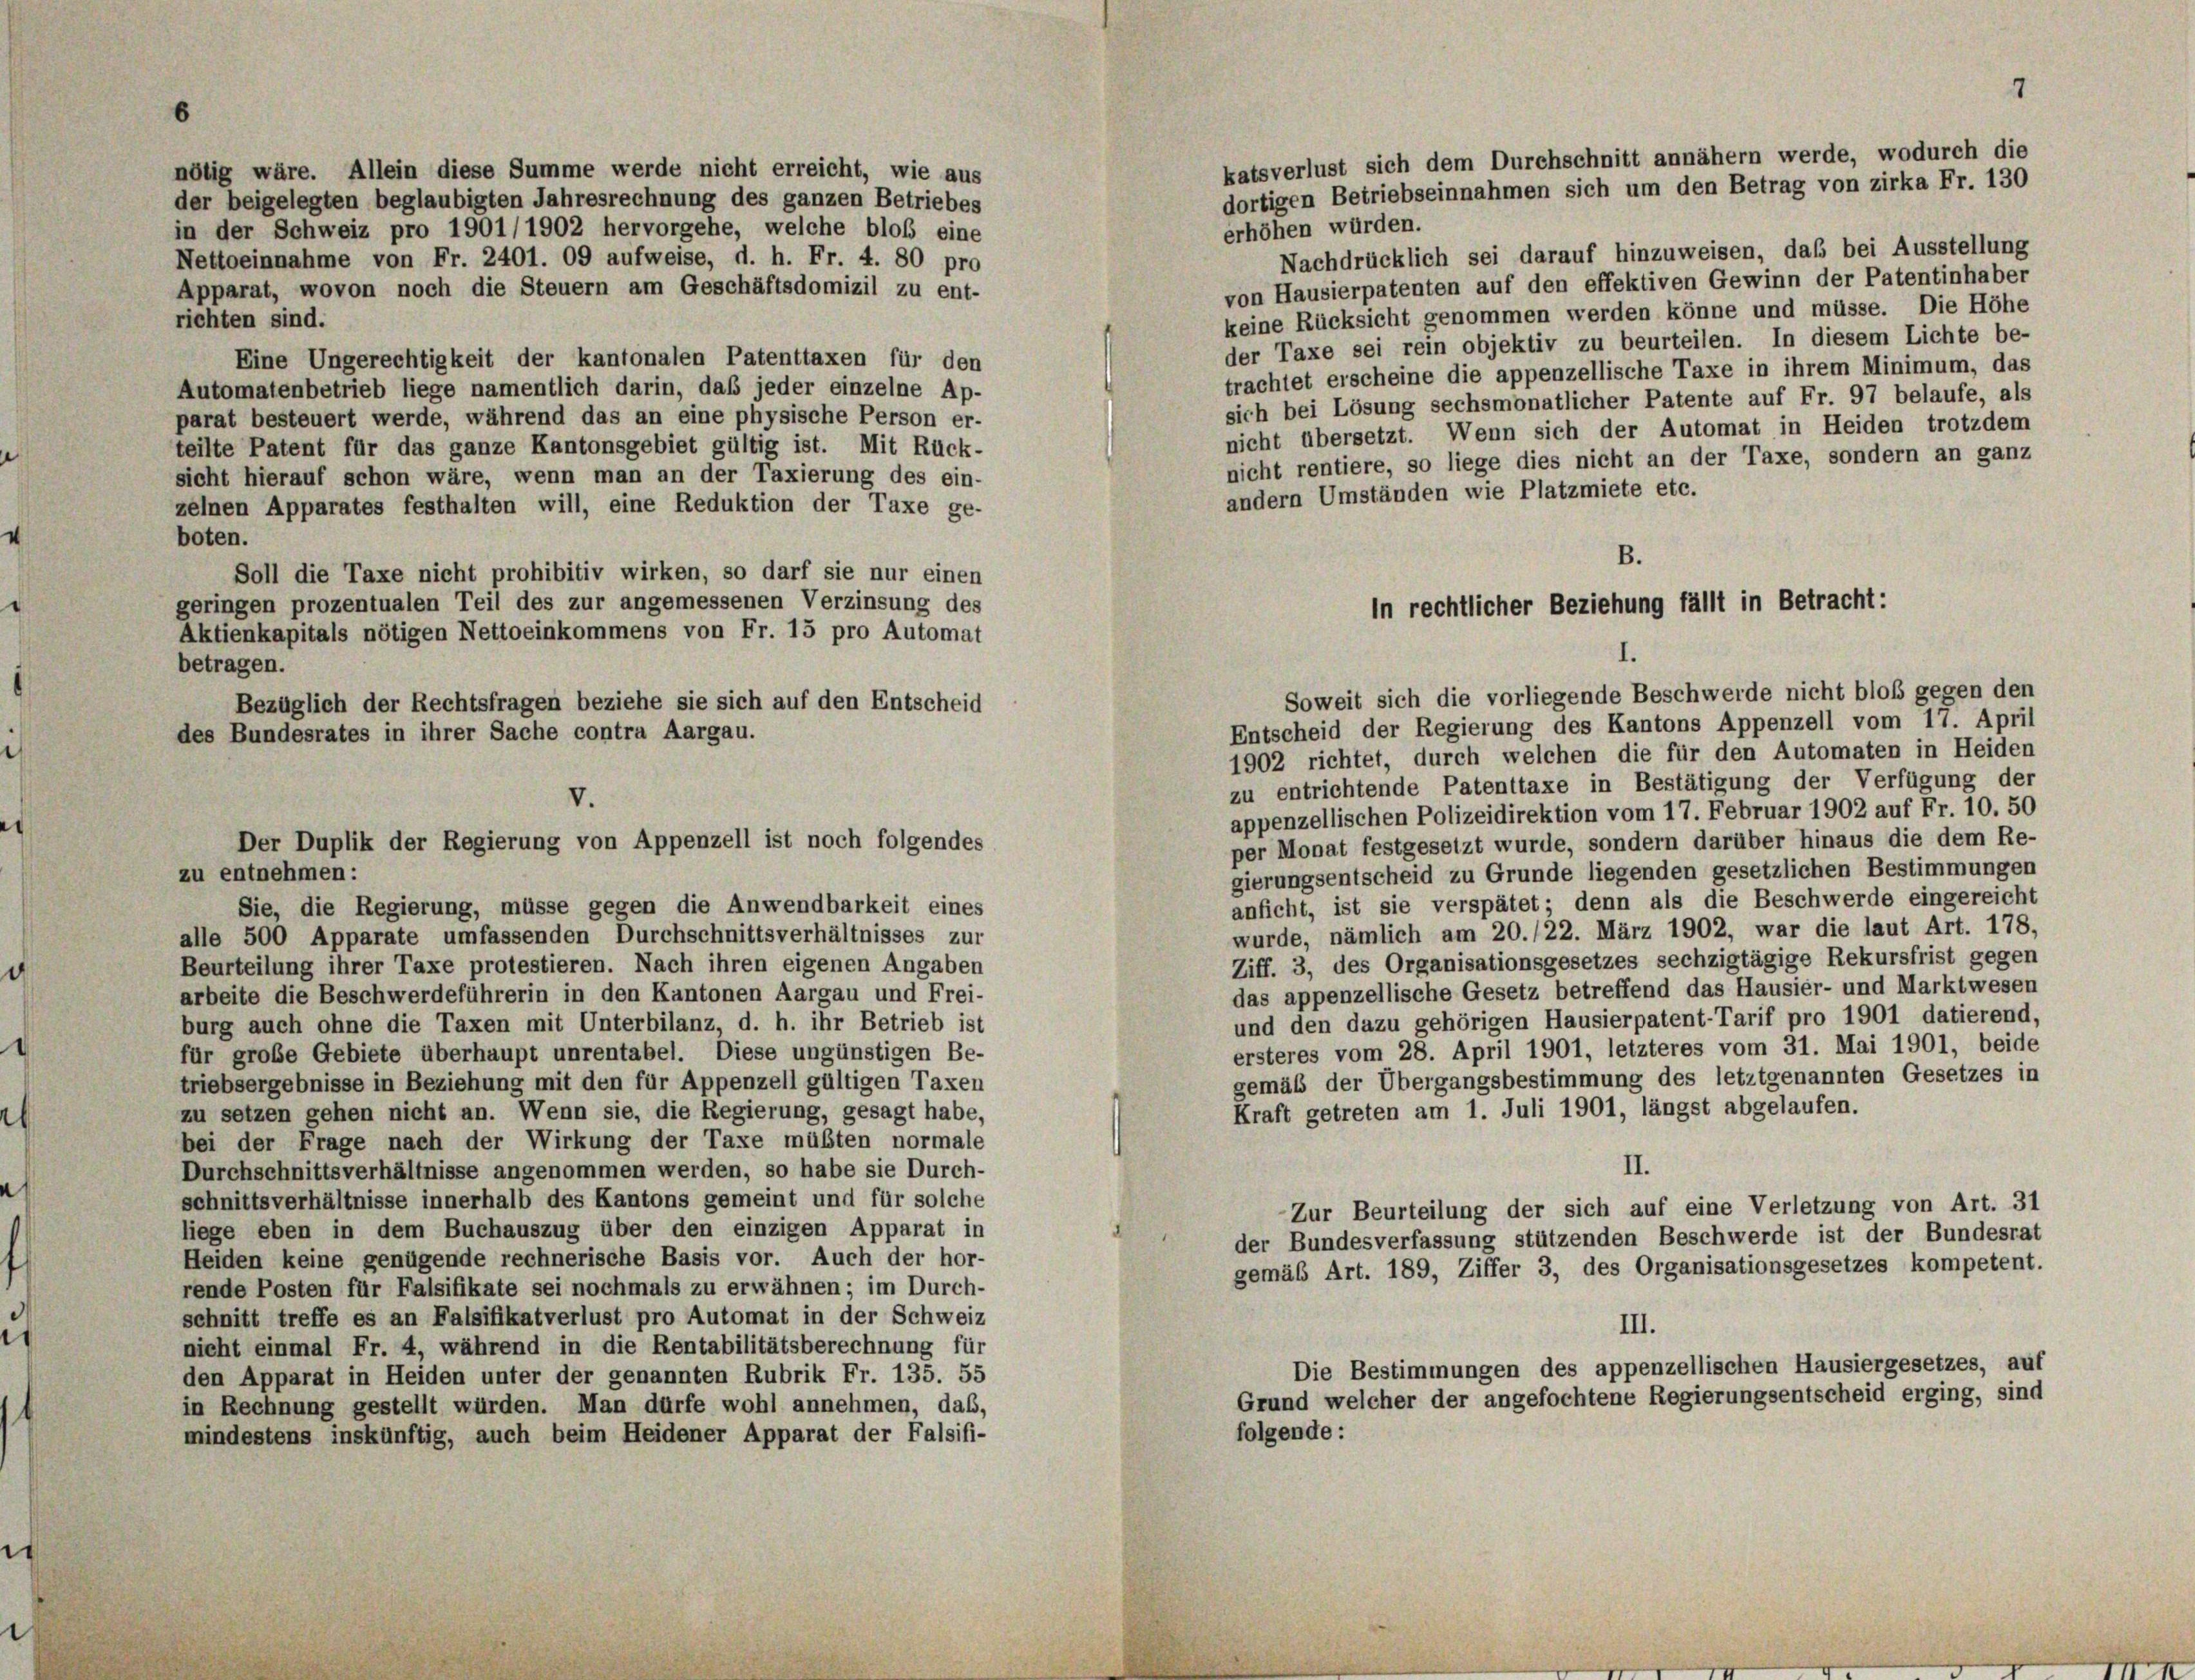
nötig wäre. Allein diese Summe werde nicht erreicht, wie aus
der beigelegten beglaubigten Jahresrechnung des ganzen Betriebes
in der Schweiz pro 1901/1902 hervorgehe, welche bloß eine
Nettoeinnahme von Fr. 2401. 09 aufweise, d. h. Fr. 4. 80 pro

Nachdrücklich sei darauf hinzuweisen, daß bei Ausstellung
von Hausierpatenten auf den effektiven Gewinn der Patentinhaber
Apparat, wovon noch die Steuern am Geschäftsdomizil zu ent-
keine Rücksicht genommen werden könne und müsse. Die Höhe
richten sind.
der Taxe sei rein objektiv zu beurteilen. In diesem Lichte be-
Eine Ungerechtigkeit der kantonalen Patenttaxen für den
trachtet erscheine die appenzellische Taxe in ihrem Minimum, das
Automatenbetrieb liege namentlich darin, daß jeder einzelne Ap-
sich bei Lösung sechsmonatlicher Patente auf Fr. 97 belaufe, als
parat besteuert werde, während das an eine physische Person er-
nicht übersetzt. Wenn sich der Automat in Heiden trotzdem
teilte Patent für das ganze Kantonsgebiet gültig ist. Mit Rück-
nicht rentiere, so liege dies nicht an der Taxe, sondern an ganz
sicht hierauf schon wäre, wenn man an der Taxierung des ein-
andern Umständen wie Platzmiete etc.
zelnen Apparates festhalten will, eine Reduktion der Taxe ge-
boten.
Soll die Taxe nicht prohibitiv wirken, so darf sie nur einen
geringen prozentualen Teil des zur angemessenen Verzinsung des
Aktienkapitals nötigen Nettoeinkommens von Fr. 15 pro Automat
betragen.
Bezüglich der Rechtsfragen beziehe sie sich auf den Entscheid
Entscheid der Regierung des Kantons Appenzell vom 17. April
1902 richtet, durch welchen die für den Automaten in Heiden
zu entrichtende Patenttaxe in Bestätigung der Verfügung der
appenzellischen Polizeidirektion vom 17. Februar 1902 auf Fr. 10. 50
per Monat festgesetzt wurde, sondern darüber hinaus die dem Re-
gierungsentscheid zu Grunde liegenden gesetzlichen Bestimmungen
anficht, ist sie verspätet; denn als die Beschwerde eingereicht
Sie, die Regierung, müsse gegen die Anwendbarkeit eines
wurde, nämlich am 20./22. März 1902, war die laut Art. 178,
alle 500 Apparate umfassenden Durchschnittsverhältnisses zur
Ziff. 3, des Organisationsgesetzes sechzigtägige Rekursfrist gegen
Beurteilung ihrer Taxe protestieren. Nach ihren eigenen Angaben
das appenzellische Gesetz betreffend das Hausier- und Marktwesen
arbeite die Beschwerdeführerin in den Kantonen Aargau und Frei-
und den dazu gehörigen Hausierpatent-Tarif pro 1901 datierend,
burg auch ohne die Taxen mit Unterbilanz, d. h. ihr Betrieb ist
ersteres vom 28. April 1901, letzteres vom 31. Mai 1901, beide
für große Gebiete überhaupt unrentabel. Diese ungünstigen Be-
gemäß der Übergangsbestimmung des letztgenannten Gesetzes in
triebsergebnisse in Beziehung mit den für Appenzell gültigen Taxen
Kraft getreten am 1. Juli 1901, längst abgelaufen.
zu setzen gehen nicht an. Wenn sie, die Regierung, gesagt habe,
bei der Frage nach der Wirkung der Taxe müßten normale
II.
Durchschnittsverhältnisse angenommen werden, so habe sie Durch-
schnittsverhältnisse innerhalb des Kantons gemeint und für solche
Zur Beurteilung der sich auf eine Verletzung von Art. 31
liege eben in dem Buchauszug über den einzigen Apparat in
der Bundesverfassung stützenden Beschwerde ist der Bundesrat
Heiden keine genügende rechnerische Basis vor. Auch der hor-
gemäß Art. 189, Ziffer 3, des Organisationsgesetzes kompetent.
rende Posten für Falsifikate sei nochmals zu erwähnen; im Durch-
schnitt treffe es an Falsifikatverlust pro Automat in der Schweiz
III.
nieht einmal Fr. 4, während in die Rentabilitätsberechnung für
Die Bestimmungen des appenzellischen Hausiergesetzes, auf
den Apparat in Heiden unter der genannten Rubrik Fr. 135. 55
Grund welcher der angefochtene Regierungsentscheid erging, sind
in Rechnung gestellt würden. Man dürfe wohl annehmen, daß,
folgende:
mindestens inskünftig, auch beim Heidener Apparat der Falsifi-

des Bundesrates in ihrer Sache contra Aargau.

V.
Der Duplik der Regierung von Appenzell ist noch folgendes
zu entnehmen:

erhöhen würden.

katsverlust sich dem Durchschnitt annähern werde, wodurch die
dortigen Betriebseinnahmen sich um den Betrag von zirka Fr. 130

B.
in rechtlicher Beziehung fällt in Betracht:
I.
Soweit sich die vorliegende Beschwerde nicht bloß gegen den